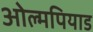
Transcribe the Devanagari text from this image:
ओल्मपियाड